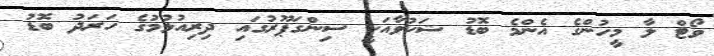
ވޯޓް ލާ މީހުންގެ އެންމެ ބޮޑު ޝަކުވާއަކީ ސިންގަޕޫރުގައި ދިރިއުޅުމުގެ ހަރަދު ބޮޑު